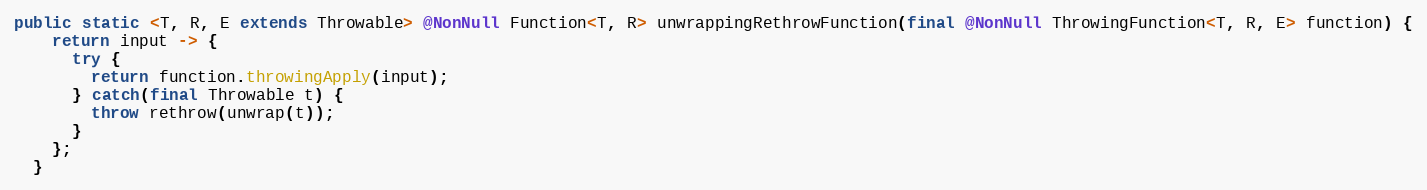
Language: Java
public static <T, R, E extends Throwable> @NonNull Function<T, R> unwrappingRethrowFunction(final @NonNull ThrowingFunction<T, R, E> function) {
    return input -> {
      try {
        return function.throwingApply(input);
      } catch(final Throwable t) {
        throw rethrow(unwrap(t));
      }
    };
  }